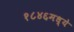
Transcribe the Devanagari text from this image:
१८४६मध्ये